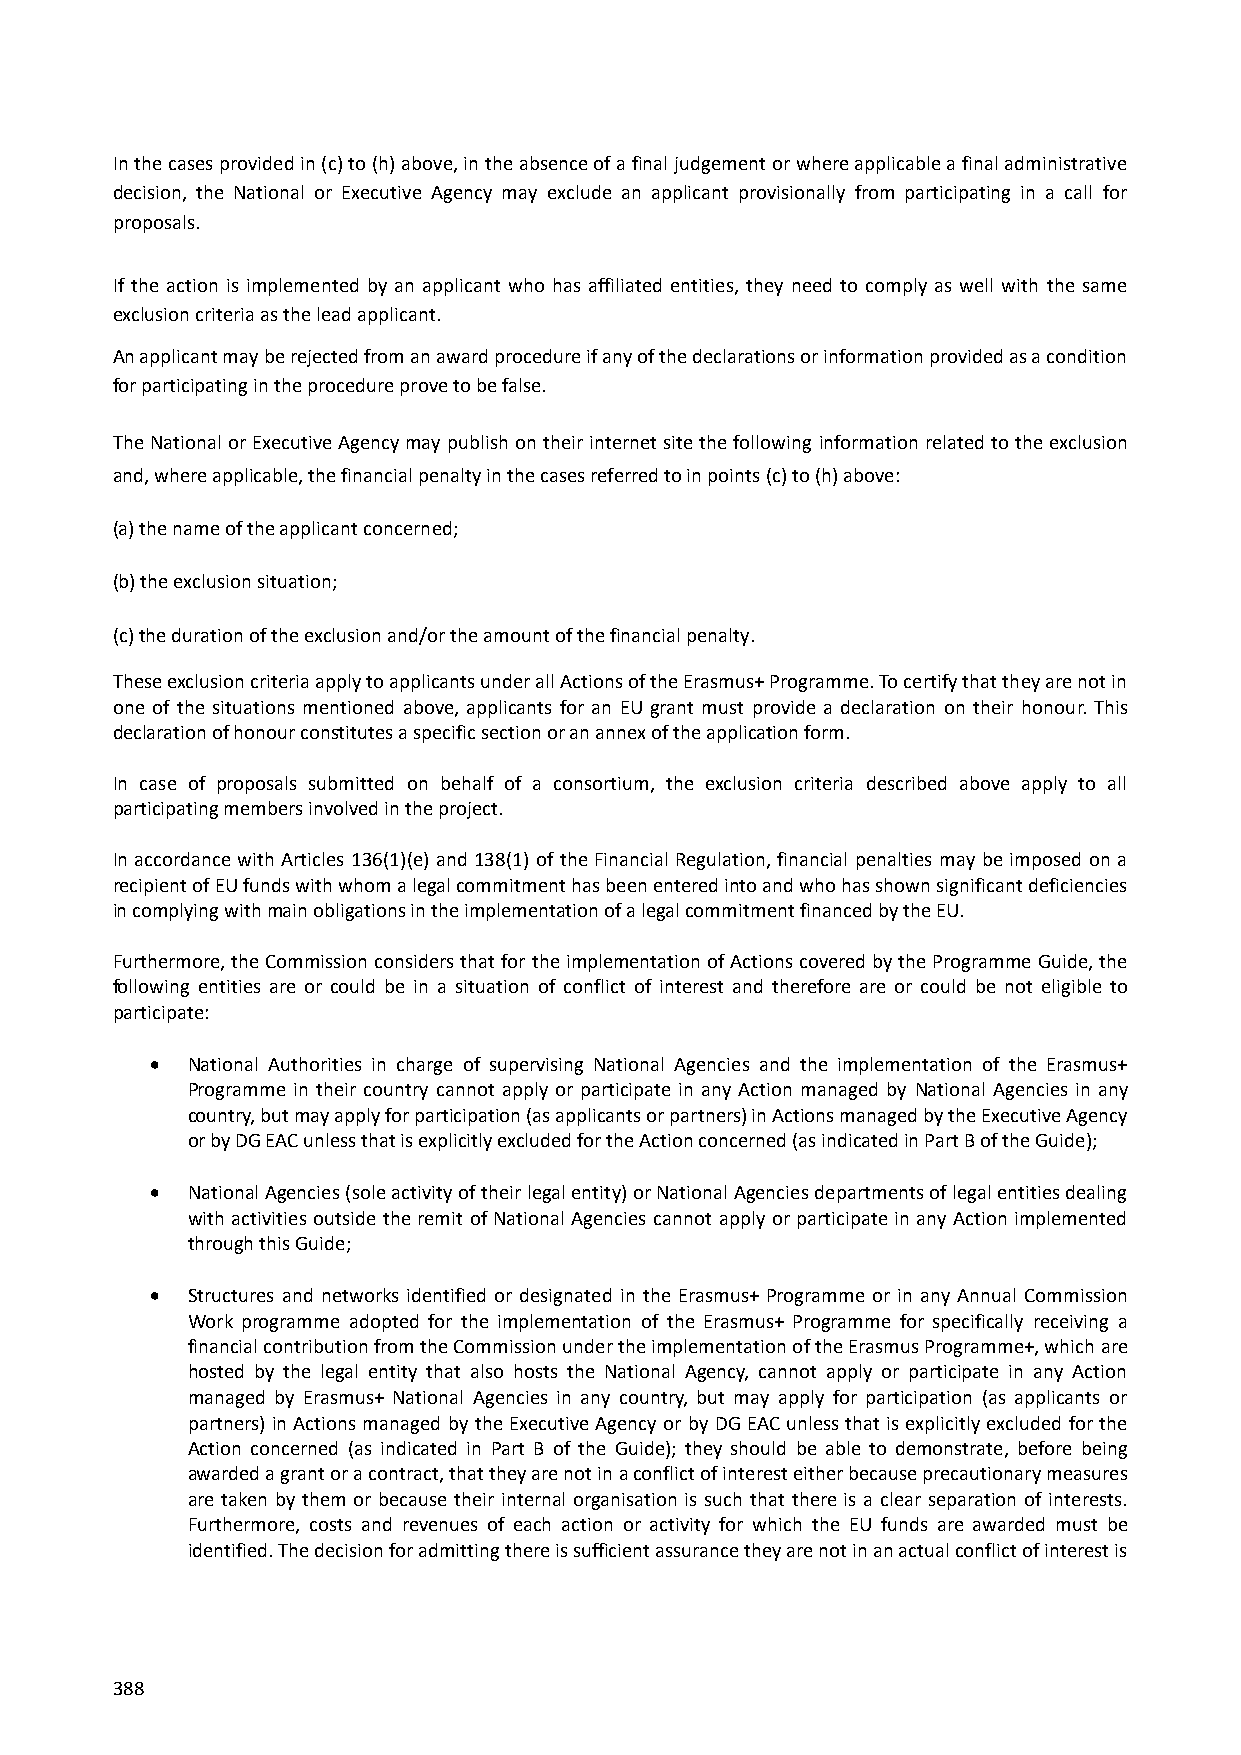
In the cases provided in (c) to (h) above, in the absence of a final judgement or where applicable a final administrative
 decision, the National or Executive Agency may exclude an applicant provisionally from participating in a call for
 proposals.
 If the action is implemented by an applicant who has affiliated entities, they need to comply as well with the same
 exclusion criteria as the lead applicant.
 An applicant may be rejected from an award procedure if any of the declarations or information provided as a condition
 for participating in the procedure prove to be false.
 The National or Executive Agency may publish on their internet site the following information related to the exclusion
 and, where applicable, the financial penalty in the cases referred to in points (c) to (h) above:
 (a) the name of the applicant concerned;
 (b) the exclusion situation;
 (c) the duration of the exclusion and/or the amount of the financial penalty.
 These exclusion criteria apply to applicants under all Actions of the Erasmus+ Programme. To certify that they are not in
 one of the situations mentioned above, applicants for an EU grant must provide a declaration on their honour. This
 declaration of honour constitutes a specific section or an annex of the application form.
 In case of proposals submitted on behalf of a consortium, the exclusion criteria described above apply to all
 participating members involved in the project.
 In accordance with Articles 136(1)(e) and 138(1) of the Financial Regulation, financial penalties may be imposed on a
 recipient of EU funds with whom a legal commitment has been entered into and who has shown significant deficiencies
 in complying with main obligations in the implementation of a legal commitment financed by the EU.
 Furthermore, the Commission considers that for the implementation of Actions covered by the Programme Guide, the
 following entities are or could be in a situation of conflict of interest and therefore are or could be not eligible to
 participate:
  National Authorities in charge of supervising National Agencies and the implementation of the Erasmus+
 Programme in their country cannot apply or participate in any Action managed by National Agencies in any
 country, but may apply for participation (as applicants or partners) in Actions managed by the Executive Agency
 or by DG EAC unless that is explicitly excluded for the Action concerned (as indicated in Part B of the Guide);
  National Agencies (sole activity of their legal entity) or National Agencies departments of legal entities dealing
 with activities outside the remit of National Agencies cannot apply or participate in any Action implemented
 through this Guide;
  Structures and networks identified or designated in the Erasmus+ Programme or in any Annual Commission
 Work programme adopted for the implementation of the Erasmus+ Programme for specifically receiving a
 financial contribution from the Commission under the implementation of the Erasmus Programme+, which are
 hosted by the legal entity that also hosts the National Agency, cannot apply or participate in any Action
 managed by Erasmus+ National Agencies in any country, but may apply for participation (as applicants or
 partners) in Actions managed by the Executive Agency or by DG EAC unless that is explicitly excluded for the
 Action concerned (as indicated in Part B of the Guide); they should be able to demonstrate, before being
 awarded a grant or a contract, that they are not in a conflict of interest either because precautionary measures
 are taken by them or because their internal organisation is such that there is a clear separation of interests.
 Furthermore, costs and revenues of each action or activity for which the EU funds are awarded must be
 identified. The decision for admitting there is sufficient assurance they are not in an actual conflict of interest is
 388